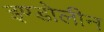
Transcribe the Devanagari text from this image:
इण्डोलीन